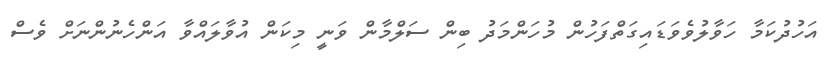
އަހުދުކަމާ ހަވާލުވެވަޑައިގަތްފަހުން މުހަންމަދު ބިން ސަލްމާން ވަނީ މިކަން އުވާލައްވާ އަންހެނުންނަށް ވެސް